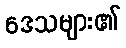
ဒေသများ၏